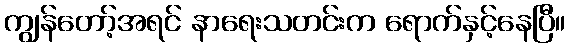
ကျွန်တော့်အရင် နာရေးသတင်းက ရောက်နှင့်နေပြီ။